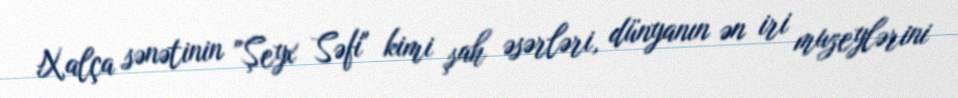
Xalça sənətinin "Şeyx Səfi" kimi şah əsərləri, dünyanın ən iri muzeylərini